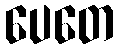
ပေတေ